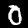
Label: 0